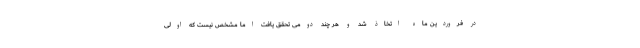
در فروردین ماه اتخاذ شد و هر چند دومی تحقق یافت اما مشخص نیست که اولی